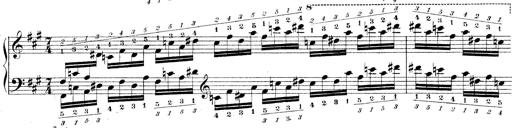
Title: Technische Studien
Composer: Franz Liszt